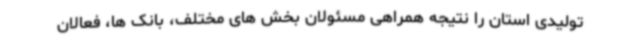
تولیدی استان را نتیجه همراهی مسئولان بخش های مختلف، بانک ها، فعالان